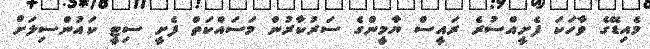
މެއިޑޭގެ ވާހަކަ ފެށީއްސުރެ ރައީސް ޔާމީންގެ ސަރުކާރުން މަސައްކަތް ފެށީ ސިޓީ ކައުންސިލަށް